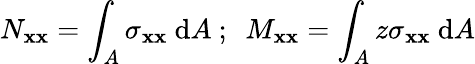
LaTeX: N_{\mathbf{x}\mathbf{x}}=\int_{A}\sigma_{\mathbf{x}\mathbf{x}}~\mathrm{{d}}A~;~~M_{\mathbf{x}\mathbf{x}}=\int_{A}z\sigma_{\mathbf{x}\mathbf{x}}~\mathrm{{d}}A